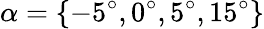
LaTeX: \alpha=\{ -5^{\circ},0^{\circ},5^{\circ},15^{\circ}\}